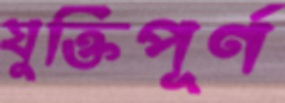
যুক্তিপূর্ণ